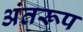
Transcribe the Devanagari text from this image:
अंतरूप